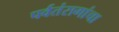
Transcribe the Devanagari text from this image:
पर्वतंरागांचा